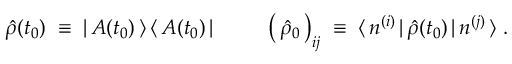
\hat { \rho } ( t _ { 0 } ) \; \equiv \; | \, { \cal A } ( t _ { 0 } ) \, \rangle \, \langle \, { \cal A } ( t _ { 0 } ) \, | \; \; \; \; \; \; \; \; \; \left( \, \hat { \rho } _ { 0 } \, \right) _ { i j } \; \equiv \; \langle \, n ^ { ( i ) } \, | \, \hat { \rho } ( t _ { 0 } ) \, | \, n ^ { ( j ) } \, \rangle \; .